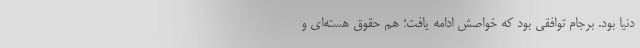
دنیا بود. برجام توافقی بود که خواصش ادامه یافت؛ هم حقوق هسته‌ای و